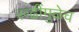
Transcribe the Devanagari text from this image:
रूढींमुळेच